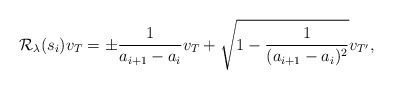
\begin{align*}\mathcal{R}_\lambda(s_i)v_T=\pm\frac{1}{a_{i+1}-a_{i}}v_{T}+\sqrt{1-\frac{1}{(a_{i+1}-a_{i})^2}}v_{T'},\end{align*}